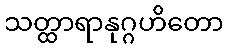
သတ္ထာရာနုဂ္ဂဟိတော